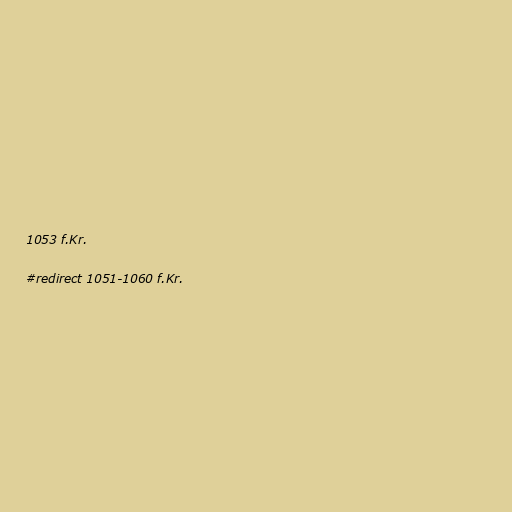
1053 f.Kr.

#redirect 1051-1060 f.Kr.